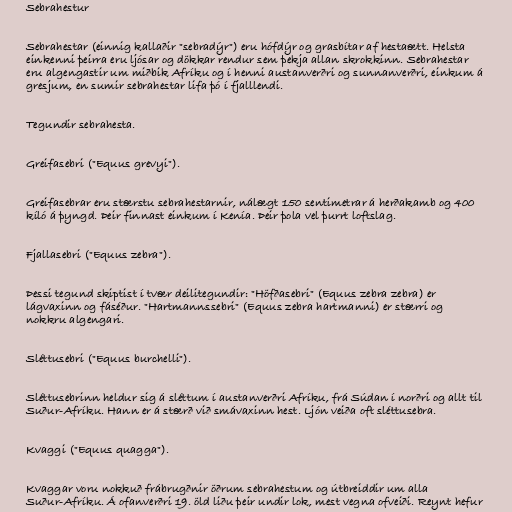
Sebrahestur

Sebrahestar (einnig kallaðir "sebradýr") eru hófdýr og grasbítar af hestaætt. Helsta
einkenni þeirra eru ljósar og dökkar rendur sem þekja allan skrokkinn. Sebrahestar
eru algengastir um miðbik Afríku og í henni austanverðri og sunnanverðri, einkum á
gresjum, en sumir sebrahestar lifa þó í fjalllendi.

Tegundir sebrahesta.

Greifasebri ("Equus grevyi").

Greifasebrar eru stærstu sebrahestarnir, nálægt 150 sentimetrar á herðakamb og 400
kíló á þyngd. Þeir finnast einkum í Kenía. Þeir þola vel þurrt loftslag.

Fjallasebri ("Equus zebra").

Þessi tegund skiptist í tvær deilitegundir: "Höfðasebri" (Equus zebra zebra) er
lágvaxinn og fáséður. "Hartmannssebri" (Equus zebra hartmanni) er stærri og
nokkru algengari.

Sléttusebri ("Equus burchelli").

Sléttusebrinn heldur sig á sléttum í austanverðri Afríku, frá Súdan í norðri og allt til
Suður-Afríku. Hann er á stærð við smávaxinn hest. Ljón veiða oft sléttusebra.

Kvaggi ("Equus quagga").

Kvaggar voru nokkuð frábrugðnir öðrum sebrahestum og útbreiddir um alla
Suður-Afríku. Á ofanverðri 19. öld liðu þeir undir lok, mest vegna ofveiði. Reynt hefur